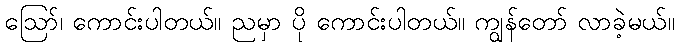
ဪ၊ ကောင်းပါတယ်။ ညမှာ ပို ကောင်းပါတယ်။ ကျွန်တော် လာခဲ့မယ်။